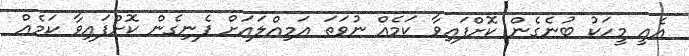
އެއީ މީހަކު ބުނެގެން ކޮށްފައިވާ ކަމެއް ނުވަތަ އަމިއްލައަށް ފެނިގެން ކޮށްފައިވާ ކަމެއް